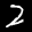
Label: 2